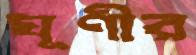
ঘূণীর